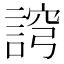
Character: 䛪